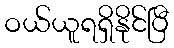
ဝယ်ယူရရှိနိုင်ပြီ